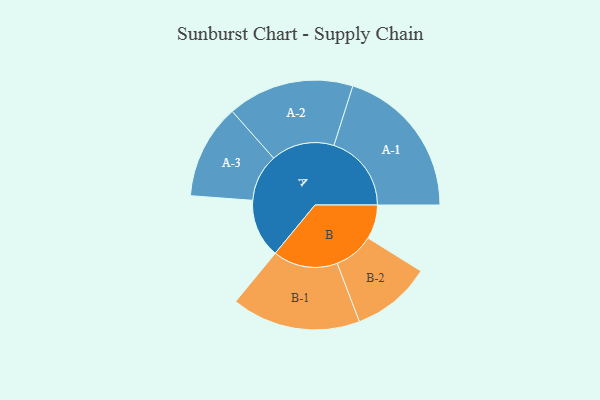
{"axis": {"x": "Segment", "y": "Value"}, "legend": ["", "A", "B"], "data": [{"x": "A", "y": 218, "type": ""}, {"x": "B", "y": 127, "type": ""}, {"x": "A-1", "y": 288, "type": "A"}, {"x": "A-2", "y": 235, "type": "A"}, {"x": "A-3", "y": 176, "type": "A"}, {"x": "B-1", "y": 240, "type": "B"}, {"x": "B-2", "y": 148, "type": "B"}]}